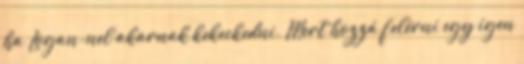
ha Logan-nel akarnak kekeckedni. Mert hozzá felérni egy igen